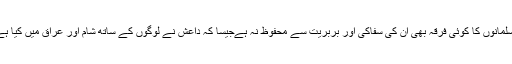
مسلمانوں کا کوئی فرقہ بھی ان کی سفاکی اور بربریت سے محفوظ نہ ہےجیسا کہ داعش نے لوگوں کے ساتھ شام اور عراق میں کیا ہے۔